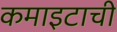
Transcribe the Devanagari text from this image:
कमाइटाची